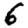
Digit: 6